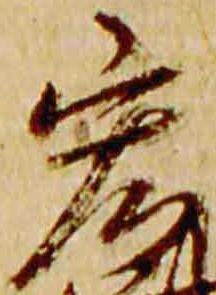
宏